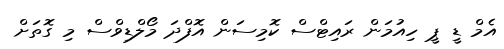
އެމް ޑީ ޕީ ހިއުމަން ރައިޓްސް ކޮމިސަން އޮފްދަ މޯލްޑިވްސް މި ގޮތަށް